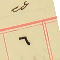
عدد ٦